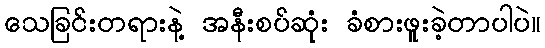
သေခြင်းတရားနဲ့ အနီးစပ်ဆုံး ခံစားဖူးခဲ့တာပါပဲ။